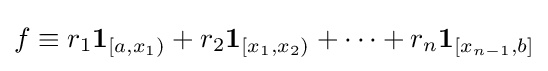
f\equiv r_{1}\mathbf {1} _{[a,x_{1})}+r_{2}\mathbf {1} _{[x_{1},x_{2})}+\cdots +r_{n}\mathbf {1} _{[x_{n-1},b]}